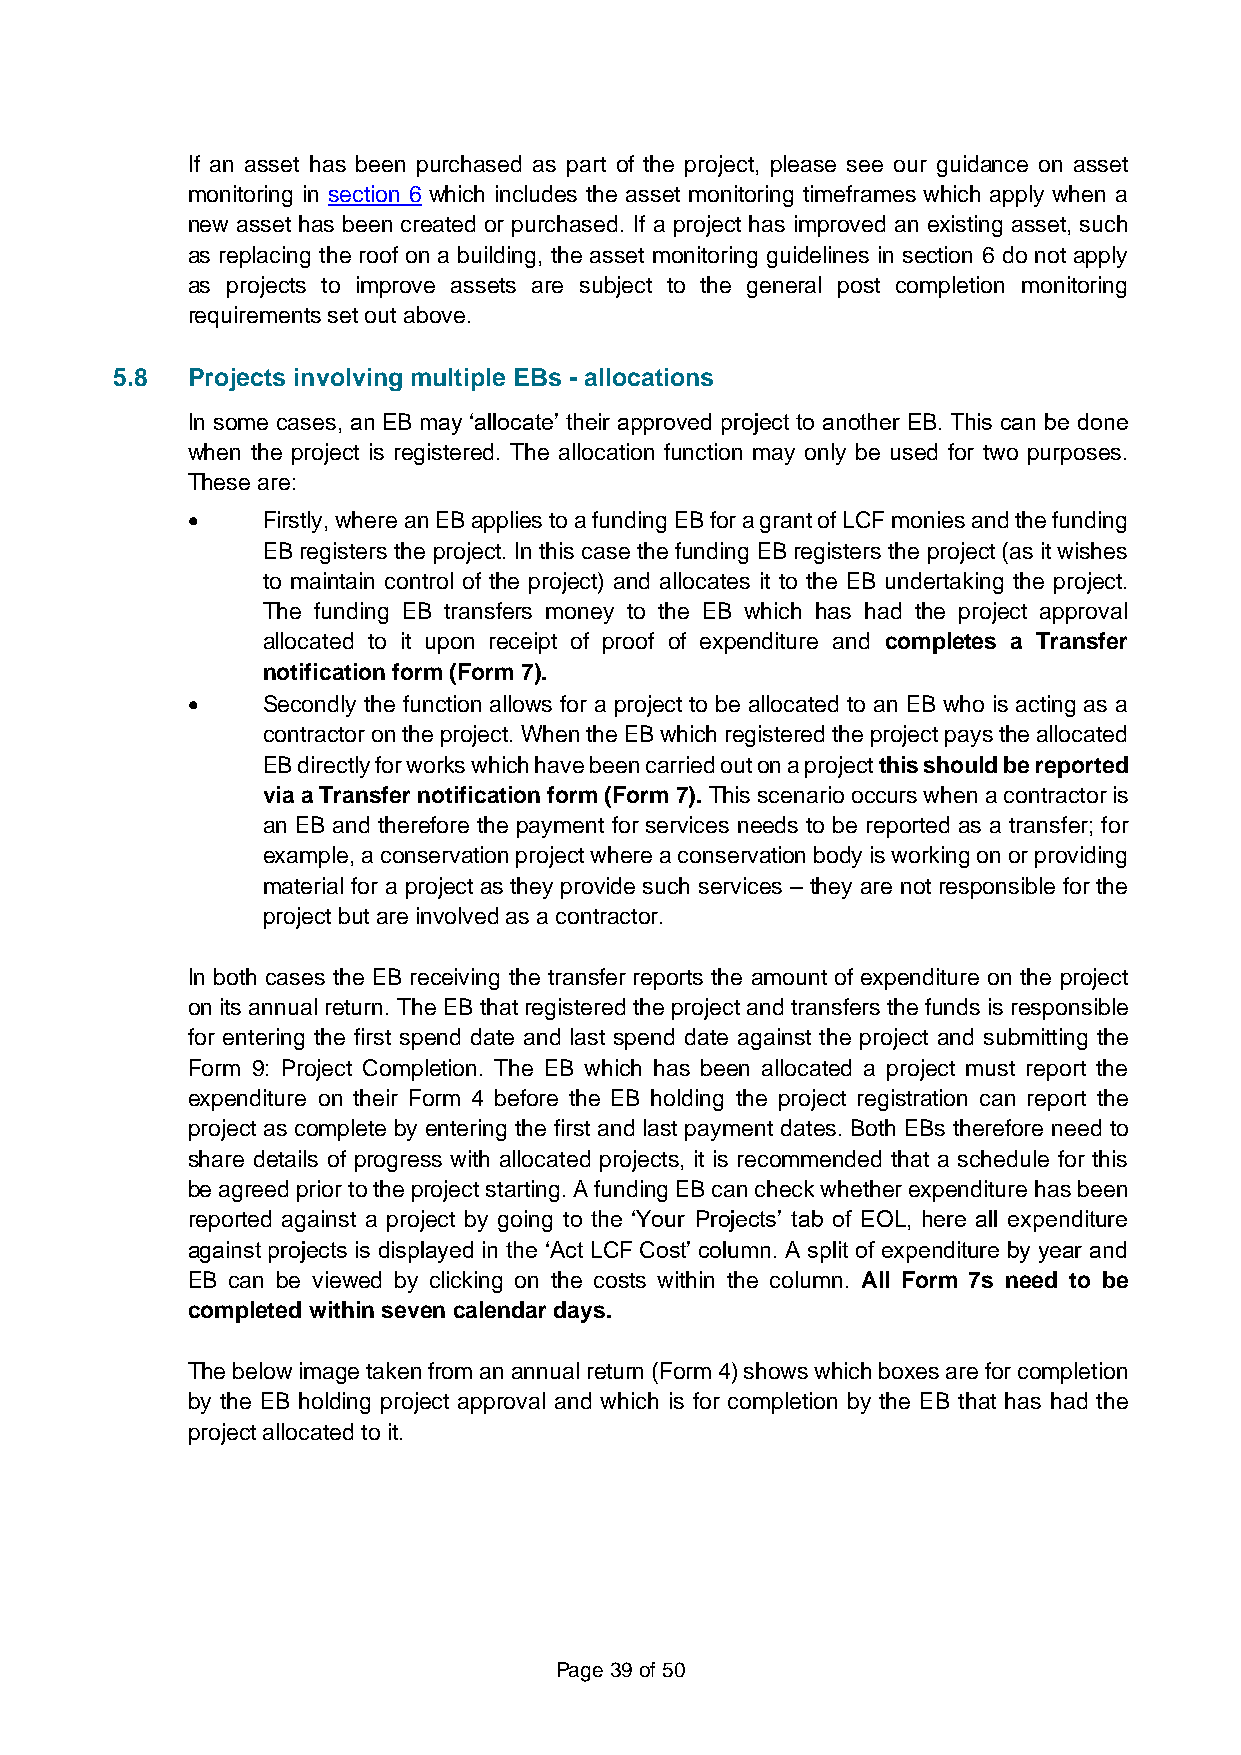
If an asset has been purchased as part of the project, please see our guidance on asset
 monitoring in section 6 which includes the asset monitoring timeframes which apply when a
 new asset has been created or purchased. If a project has improved an existing asset, such
 as replacing the roof on a building, the asset monitoring guidelines in section 6 do not apply
 as projects to improve assets are subject to the general post completion monitoring
 requirements set out above.
 5.8  Projects involving multiple EBs - allocations
 In some cases, an EB may ‘allocate’ their approved project to another EB. This can be done
 when the project is registered. The allocation function may only be used for two purposes.
 These are:
 •    Firstly, where an EB applies to a funding EB for a grant of LCF monies and the funding
 EB registers the project. In this case the funding EB registers the project (as it wishes
 to maintain control of the project) and allocates it to the EB undertaking the project.
 The funding EB transfers money to the EB which has had the project approval
 allocated to it upon receipt of proof of expenditure and completes a Transfer
 notification form (Form 7).
 •    Secondly the function allows for a project to be allocated to an EB who is acting as a
 contractor on the project. When the EB which registered the project pays the allocated
 EB directly for works which have been carried out on a project this should be reported
 via a Transfer notification form (Form 7). This scenario occurs when a contractor is
 an EB and therefore the payment for services needs to be reported as a transfer; for
 example, a conservation project where a conservation body is working on or providing
 material for a project as they provide such services – they are not responsible for the
 project but are involved as a contractor.
 In both cases the EB receiving the transfer reports the amount of expenditure on the project
 on its annual return. The EB that registered the project and transfers the funds is responsible
 for entering the first spend date and last spend date against the project and submitting the
 Form 9: Project Completion. The EB which has been allocated a project must report the
 expenditure on their Form 4 before the EB holding the project registration can report the
 project as complete by entering the first and last payment dates. Both EBs therefore need to
 share details of progress with allocated projects, it is recommended that a schedule for this
 be agreed prior to the project starting. A funding EB can check whether expenditure has been
 reported against a project by going to the ‘Your Projects’ tab of EOL, here all expenditure
 against projects is displayed in the ‘Act LCF Cost’ column. A split of expenditure by year and
 EB can be viewed by clicking on the costs within the column. All Form 7s need to be
 completed within seven calendar days.
 The below image taken from an annual return (Form 4) shows which boxes are for completion
 by the EB holding project approval and which is for completion by the EB that has had the
 project allocated to it.
 Page 39 of 50